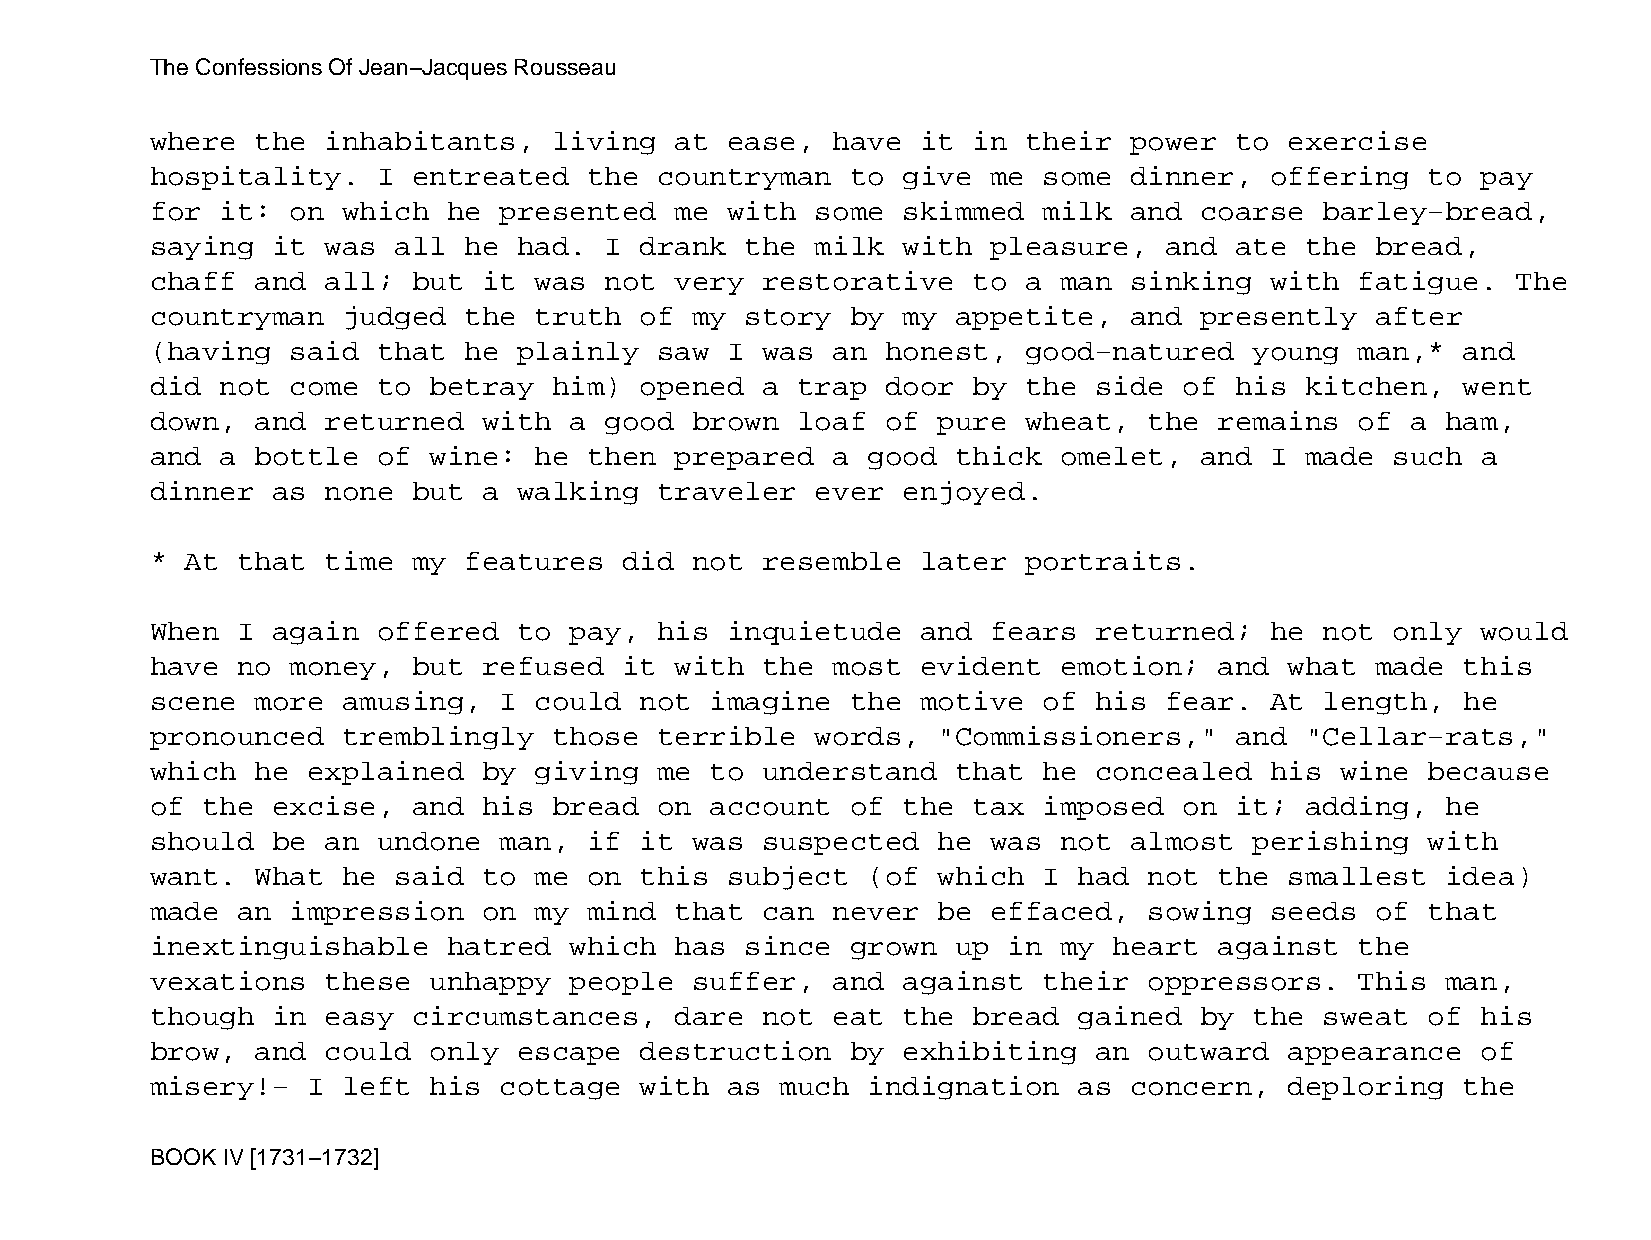
The Confessions Of Jean−Jacques Rousseau
 where  the  inhabitants,   living  at ease,  have  it in  their  power  to exercise
 hospitality.   I entreated   the  countryman  to  give  me some  dinner,  offering   to pay
 for  it: on  which  he presented   me with  some  skimmed  milk  and coarse   barley−bread,
 saying  it  was all  he had.  I drank  the  milk  with  pleasure,  and  ate the  bread,
 chaff  and  all; but  it was  not  very restorative   to  a man  sinking  with  fatigue.  The
 countryman   judged  the truth  of  my story  by  my appetite,   and presently   after
 (having  said  that  he plainly   saw I was  an  honest,  good−natured   young  man,*  and
 did  not come  to betray   him) opened  a  trap  door by  the side  of  his kitchen,   went
 down,  and  returned  with  a good  brown  loaf  of pure  wheat,  the  remains  of a  ham,
 and  a bottle  of wine:  he  then  prepared  a good  thick  omelet,  and  I made  such  a
 dinner  as  none but  a walking   traveler  ever  enjoyed.
 * At  that  time my  features  did  not resemble   later  portraits.
 When  I again  offered  to  pay,  his inquietude   and  fears returned;   he  not only  would
 have  no money,  but  refused  it  with the  most  evident  emotion;   and what  made  this
 scene  more  amusing,  I could  not  imagine  the  motive  of his  fear.  At  length,  he
 pronounced   tremblingly   those  terrible  words,  "Commissioners,"    and "Cellar−rats,"
 which  he explained   by giving   me to understand   that  he concealed   his  wine  because
 of the  excise,  and  his  bread  on account  of  the tax  imposed  on  it; adding,   he
 should  be  an undone  man,  if it  was suspected   he  was not  almost  perishing   with
 want.  What  he said  to me  on this  subject  (of  which  I had  not  the smallest   idea)
 made  an impression   on my  mind  that can  never  be  effaced,  sowing  seeds  of  that
 inextinguishable    hatred  which  has since  grown  up  in my  heart  against  the
 vexations   these unhappy   people  suffer,  and  against  their  oppressors.   This  man,
 though  in  easy circumstances,    dare not  eat  the bread  gained  by  the  sweat  of his
 brow,  and  could only  escape  destruction   by  exhibiting  an  outward  appearance   of
 misery!−  I  left his  cottage  with  as  much indignation   as  concern,  deploring   the
 BOOK IV [1731−1732]